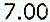
7.00